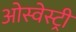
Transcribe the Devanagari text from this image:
ओस्वेस्ट्री